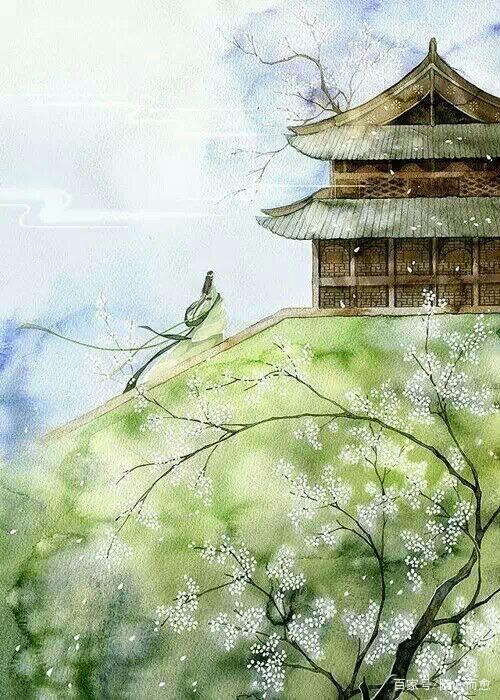
半生已分孤眠过，山枕檀痕涴。